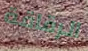
الرقاقة